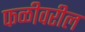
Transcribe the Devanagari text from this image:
फळीवरील